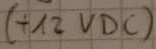
Text: (+12 VDC)